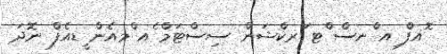
ޮއފް ިއ ްނސް ްޓ ަރކްޝަން ސިސްޓަމް ެއ ްމއެން ީޑއެފް ނޮދަ